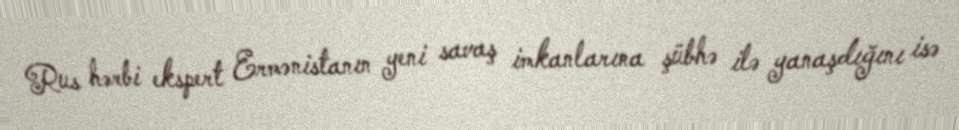
Rus hərbi ekspert Ermənistanın yeni savaş imkanlarına şübhə ilə yanaşdığını isə